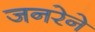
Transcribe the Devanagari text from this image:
जनरेने